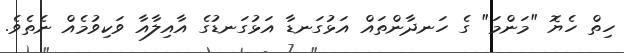
ހިތް ހެޔޮ "މަންމަ" ގެ ހަނދާންތައް އަޅުގަނޑާ އަޅުގަނޑުގެ އާއިލާއާ ވަކިވުމެއް ނެތެވެ.